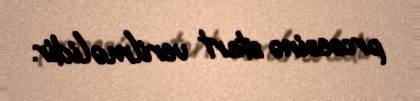
prosesinə start verilməlidir.